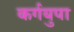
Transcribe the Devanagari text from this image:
कर्गयुपा